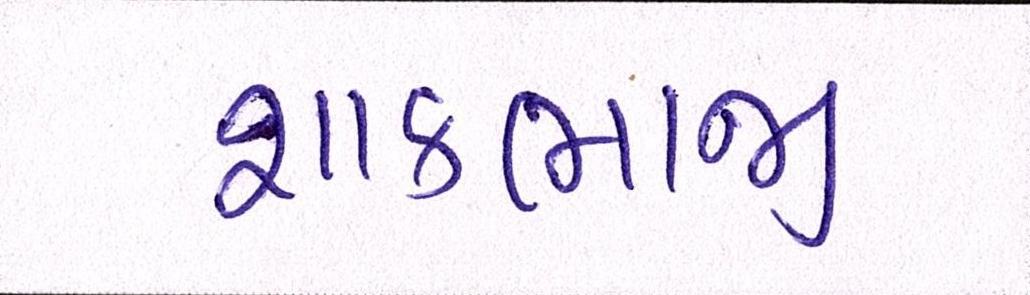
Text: શાકભાજી